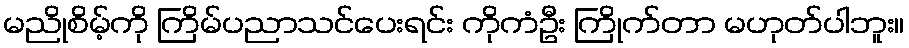
မညိုစိမ့်ကို ကြိမ်ပညာသင်ပေးရင်း ကိုကံဦး ကြိုက်တာ မဟုတ်ပါဘူး။